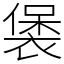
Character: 𧛱